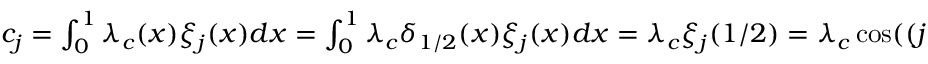
\begin{array} { r } { c _ { j } = \int _ { 0 } ^ { 1 } \lambda _ { c } ( x ) \xi _ { j } ( x ) d x = \int _ { 0 } ^ { 1 } \lambda _ { c } \delta _ { 1 / 2 } ( x ) \xi _ { j } ( x ) d x = \lambda _ { c } \xi _ { j } ( 1 / 2 ) = \lambda _ { c } \cos ( ( j - 1 ) \pi / 2 ) , \quad \mathrm { ~ f ~ o ~ r ~ a ~ l ~ l ~ j ~ \geq ~ 1 ~ } . } \end{array}